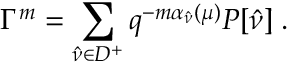
\Gamma ^ { m } = \sum _ { \hat { \nu } \in D ^ { + } } q ^ { - m \alpha _ { \hat { \nu } } ( \mu ) } P [ \hat { \nu } ] \; .